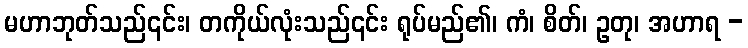
မဟာဘုတ်သည်၎င်း၊ တကိုယ်လုံးသည်၎င်း ရုပ်မည်၏၊ ကံ၊ စိတ်၊ ဥတု၊ အဟာရ -